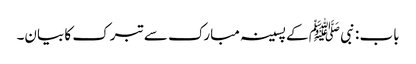
باب : نبی ﷺ کے پسینہ مبارک سے تبرک کا بیان۔